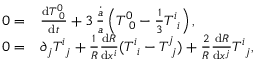
\begin{array} { r l } { 0 = } & { \frac { \mathrm { d } T _ { \, \, \, 0 } ^ { 0 } } { \mathrm { d } t } + 3 \, \frac { \dot { a } } { a } \left( T _ { \, \, \, 0 } ^ { 0 } - \frac { 1 } { 3 } T _ { \, \, \, i } ^ { i } \right) , } \\ { 0 = } & { \partial _ { j } T _ { \, \, \, j } ^ { i } + \frac { 1 } { R } \frac { \mathrm { d } R } { \mathrm { d } x ^ { i } } ( T _ { \, \, \, i } ^ { i } - T _ { \, \, \, j } ^ { j } ) + \frac { 2 } { R } \frac { \mathrm { d } R } { \mathrm { d } x ^ { j } } T _ { \, \, \, j } ^ { i } , } \end{array}